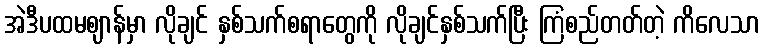
အဲဒီပထမဈာန်မှာ လိုချင် နှစ်သက်စရာတွေကို လိုချင်နှစ်သက်ပြီး ကြံစည်တတ်တဲ့ ကိလေသာ